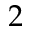
2